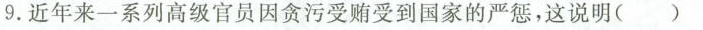
9.近年来一系列高级官员因贪污受贿受到国家的严惩，这说明( )